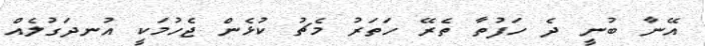
އޭނާ ބުނީ ދެ ހަފުތާ ތެރޭ ހަތަރު މެޗު ކުޅެން ޖެހުމަކީ އުނދަގުލެއް